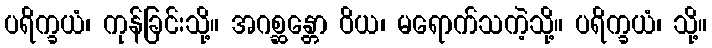
ပရိက္ခယံ၊ ကုန်ခြင်းသို့။ အဂစ္ဆန္တော ဝိယ၊ မရောက်သကဲ့သို့။ ပရိက္ခယံ၊ သို့။